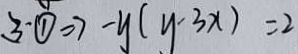
3 - \textcircled { 1 } \Rightarrow - y ( y - 3 x ) = 2